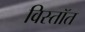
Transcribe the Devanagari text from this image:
विस्तॉत